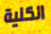
الكلية